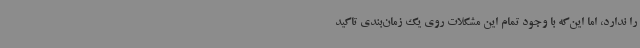
را ندارد، اما این‌که با وجود تمام این مشکلات روی یک زمان‌بندی تاکید